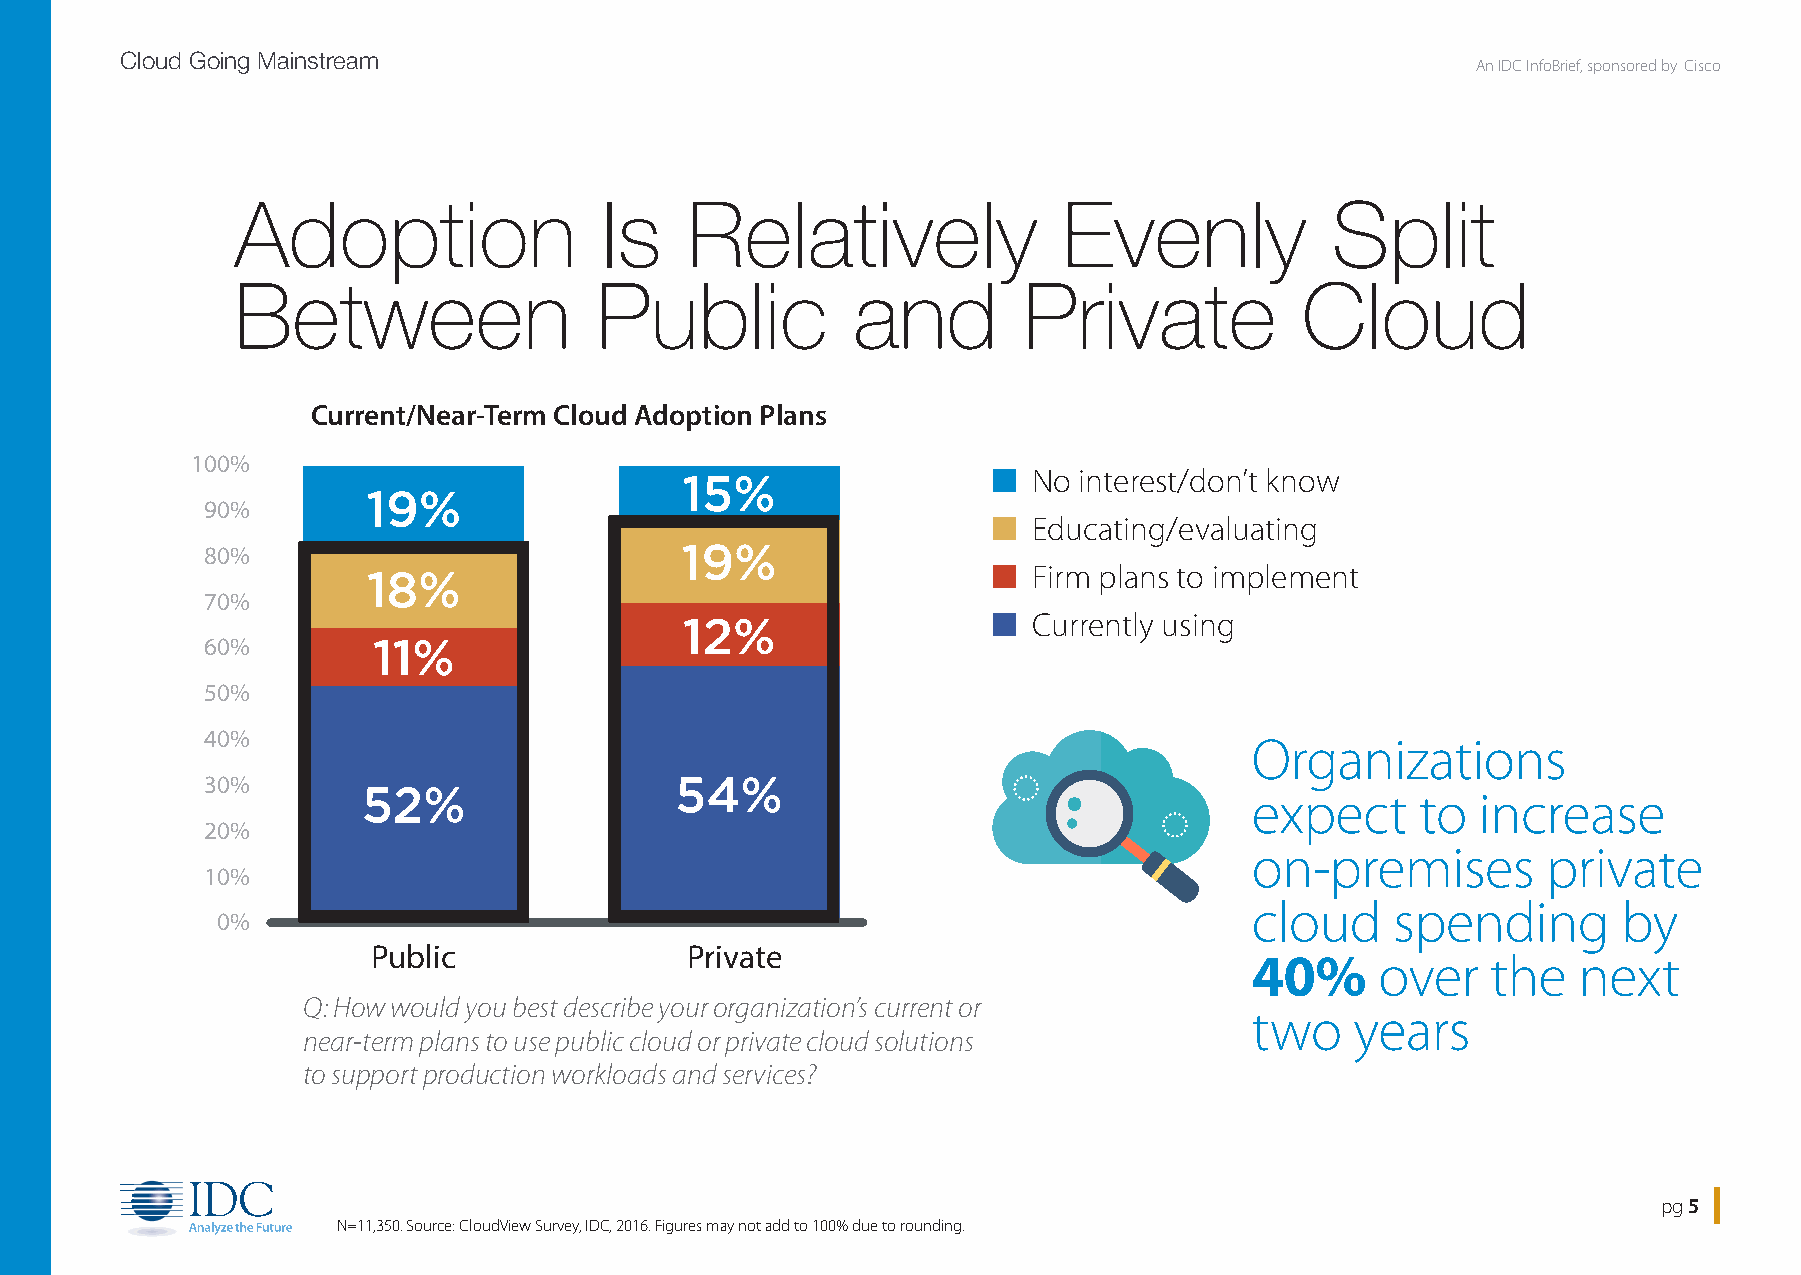
Cloud Going Mainstream
 An IDC InfoBrief, sponsored by Cisco
 Adoption                Is   Relatively               Evenly            Split
 Between                Public           and         Private           Cloud
 Current/Near-Term Cloud Adoption Plans
 100%
 15%                  n No interest/don’t know
 19%
 90%
 n Educating/evaluating
 19%
 80%
 18%                                       n Firm plans to implement
 70%
 12%                  n Currently using
 60%        11%
 50%
 40%
 Organizations
 30%                            54%
 52%
 expect     to  increase
 20%
 on-premises        private
 10%
 cloud    spending       by
 0%
 Public              Private
 40%     over    the  next
 Q: How would you best describe your organization’s current or
 two    years
 near-term plans to use public cloud or private cloud solutions
 to support production workloads and services?
 pg 5
 N=11,350. Source: CloudView Survey, IDC, 2016. Figures may not add to 100% due to rounding.